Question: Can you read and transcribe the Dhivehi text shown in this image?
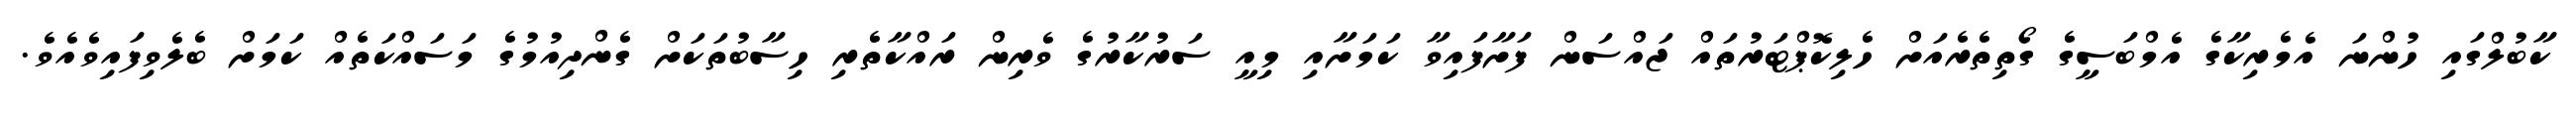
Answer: ކާބުލްގައި ހުންނަ އެމެރިކާގެ އެމްބަސީގެ ގޯތިތެރެއަށް ހެލިކޮޕްޓަރުތައް ޖައްސަން ފަށާފައިވާ ކަމަށާއި މިއީ ސަރުކާރުގެ ވެރިން ރައްކާތެރި ހިސާބުތަކަށް ގެންދިއުމުގެ މަސައްކަތެއް ކަމަށް ބެލެވިފައިވެއެވެ.